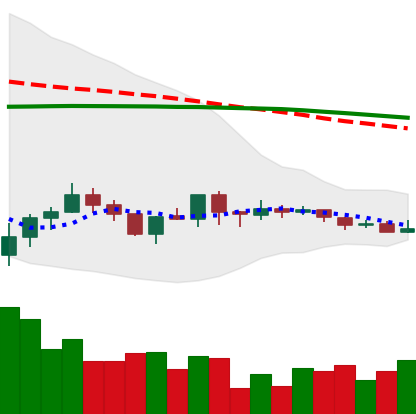
Ticker: ADA-USD
Chart end date: 2019-08-05
Forward return: -8.29%
Label: down_7plus